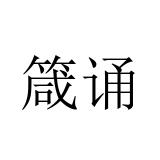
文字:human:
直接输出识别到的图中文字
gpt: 箴诵